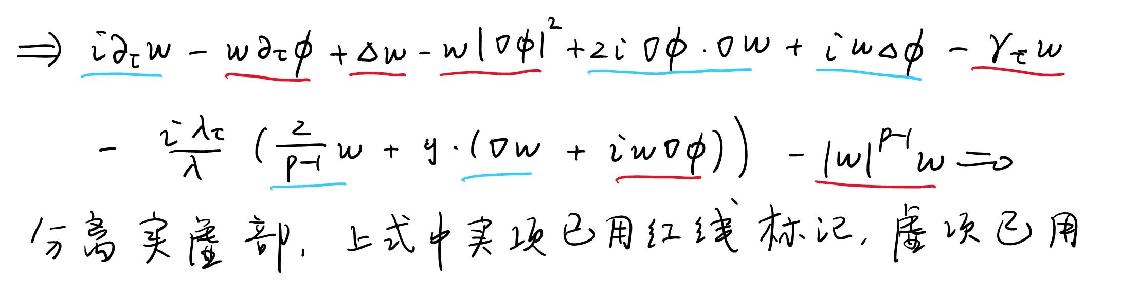
\begin{align*}
\(\Rightarrow\ & i\partial_{\tau}w - w\partial_{\tau}\phi+\Delta w - w|\nabla\phi|^{2}+2i\nabla\phi\cdot\nabla w + iw\Delta\phi-\gamma_{\tau}w\)\\
\(&-\frac{i\lambda_{\tau}}{\lambda}\left(\frac{2}{p - 1}w + y\cdot(\nabla w + iw\nabla\phi)\right)-|w|^{p - 1}w = 0\)\\
\end{align*}
分离实虚部，上式中实项已用红线标记，虚项已用